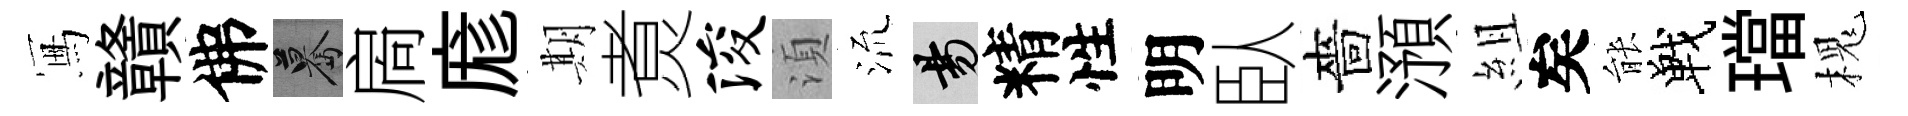
冩贛佛驀扄庬期煑浚湏𣴑昜精性明臥嗇澦組矣䏻戰璫槐